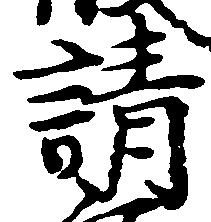
請